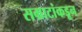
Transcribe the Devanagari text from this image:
सम्राटांकडून